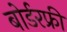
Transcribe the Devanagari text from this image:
बोर्डरफ्री